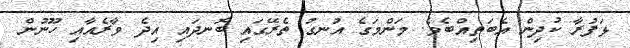
ޅަފުރާ ކުދިން އެބަތިއްބެވެ. މަންމަގެ އުނގު ތެރޭގައި ބޮނދައި އިދެ ވާރެއާއި ހޫނުން